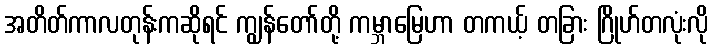
အတိတ်ကာလတုန်းကဆိုရင် ကျွန်တော်တို့ ကမ္ဘာမြေဟာ တကယ့် တခြား ဂြိုဟ်တလုံးလို